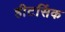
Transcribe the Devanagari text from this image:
हीटसिंक